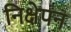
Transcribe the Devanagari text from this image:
निक्षेपन